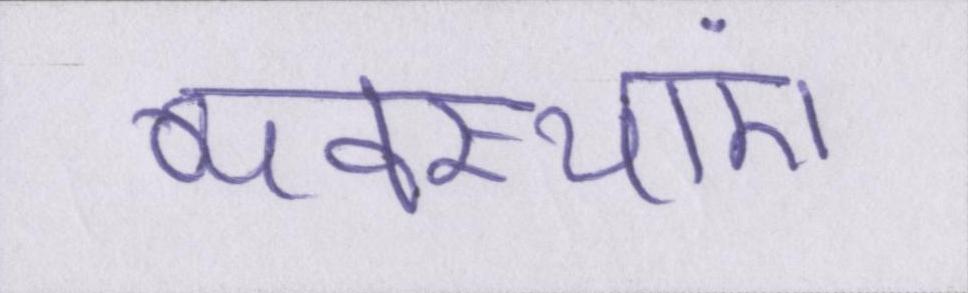
व्यवस्थाएं